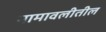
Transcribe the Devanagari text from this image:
नामावलीतील